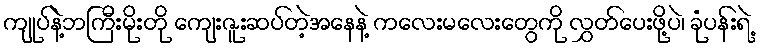
ကျုပ်နဲ့ဘကြီးမိုးတို ကျေးဇူးဆပ်တဲ့အနေနဲ့ ကလေးမလေးတွေကို လွှတ်ပေးဖို့ပဲ၊ ခုံပန်းရဲ့